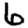
Digit: 6